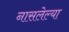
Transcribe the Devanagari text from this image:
नासलेल्या